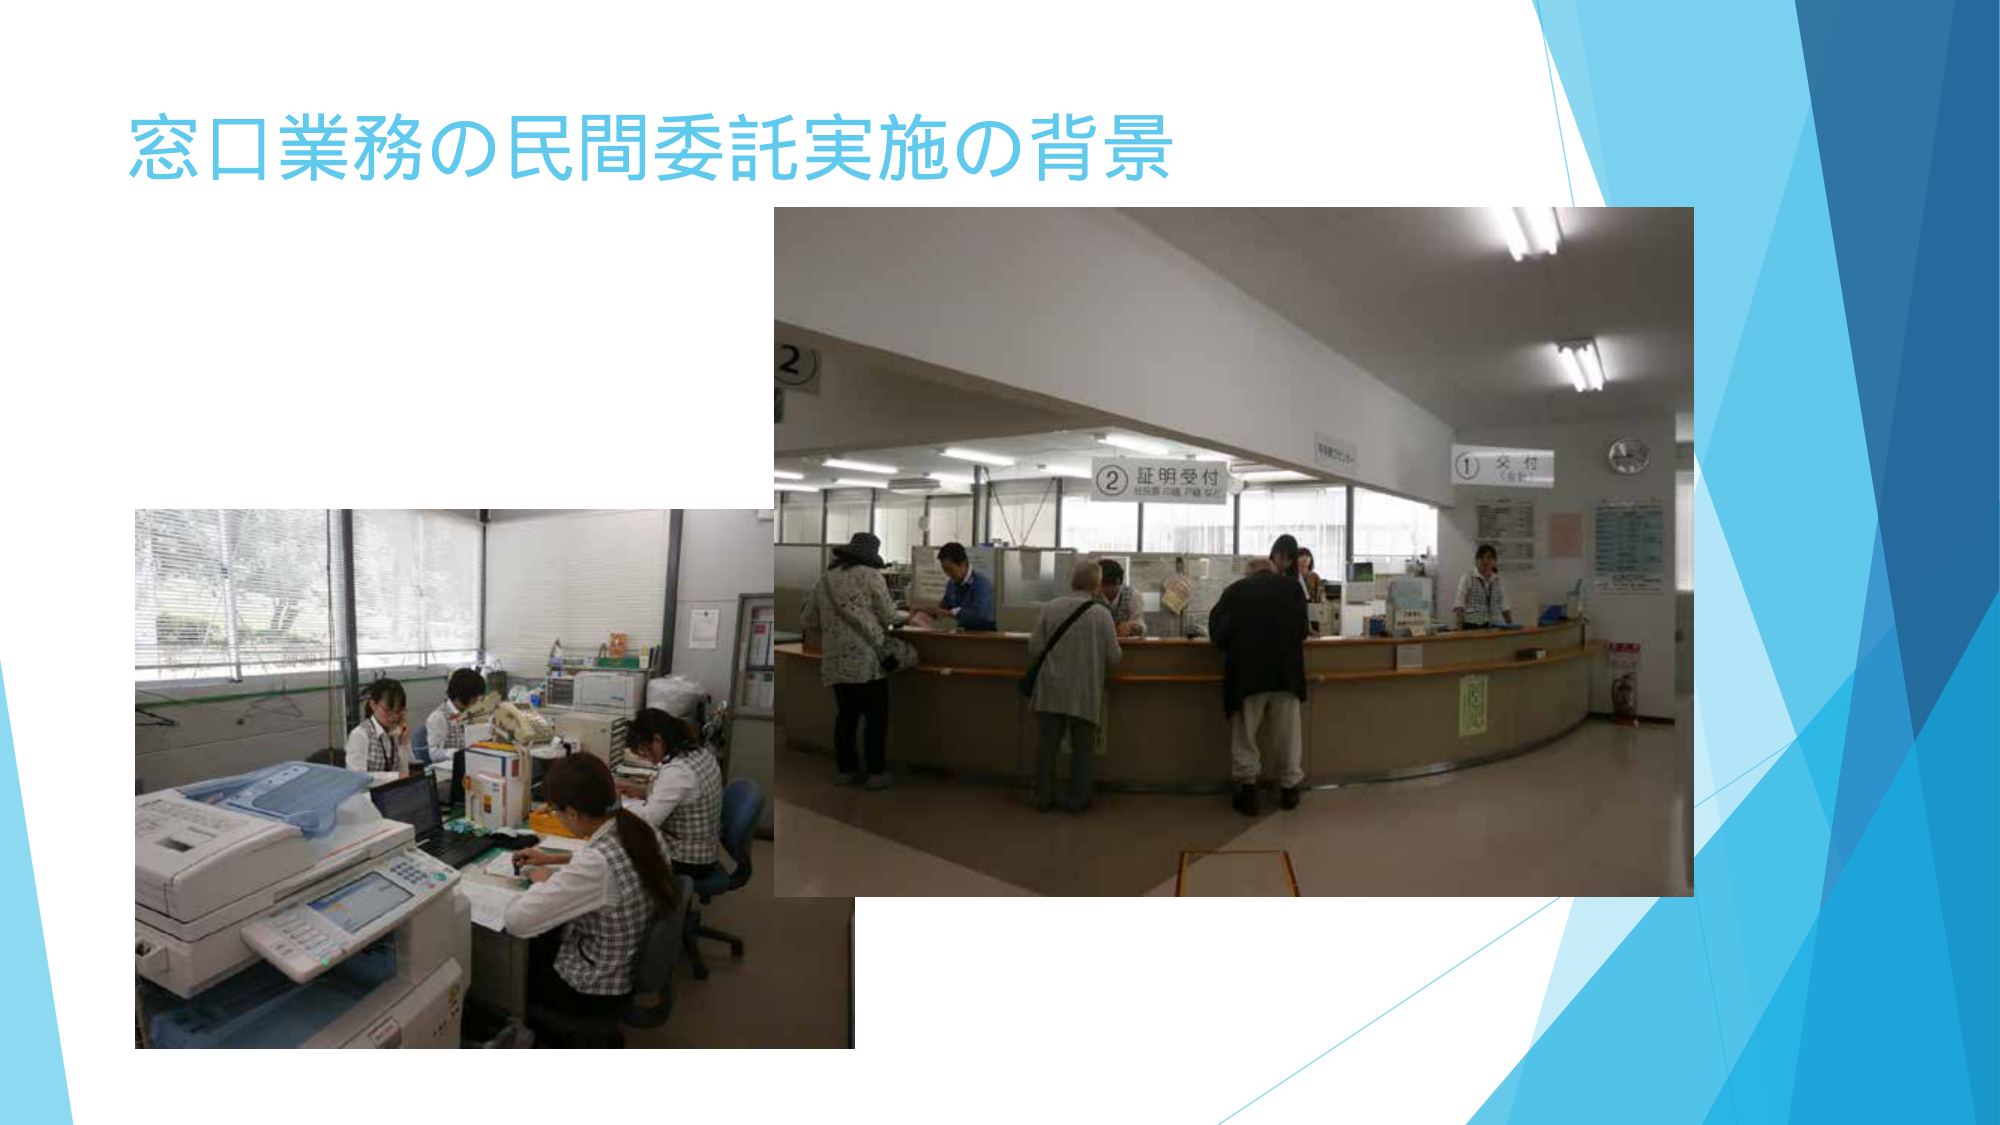
窓口業務の民間委託実施の背景

② 証明受付
（住民票・印鑑証明等）

① 受付
（各種）